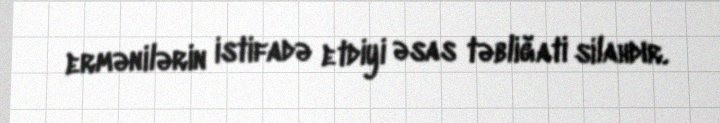
ermənilərin istifadə etdiyi əsas təbliğati silahdır.